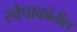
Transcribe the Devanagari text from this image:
स्वैपाकांतील